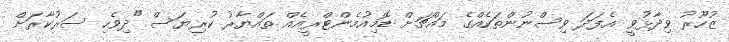
ޒުހޫރު ވިދާޅުވީ އެފަދަ ވިސްނުންތަކެއްގެ މައްޗަށް ޑޮމިއުމެންޓްރީއެއް ތައްޔާރު ކުރިޔަސް "ދިވެހި ސަރުކާރަށް